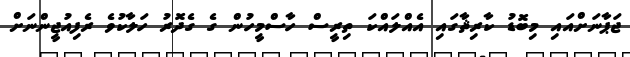
ޖަޕާނަށްއައި މިބޮޑު ކާރިޘާގައި އެއްލައްކަ ތިރީސް ހާސްމީހުން ގެ ގެދޮރު ހަލާކުވެ ރެފިއުޖީންނަށް